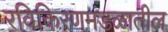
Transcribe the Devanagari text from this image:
रविकिरणमंडळातील